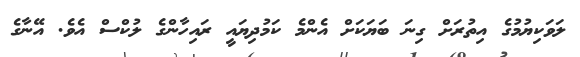
ލަވަކިޔުމުގެ އިތުރަށް ގިނަ ބަޔަކަށް އެންމެ ކަމުދިޔައީ ރައިހާންގެ ލުކްސް އެވެ. އޭނާގެ